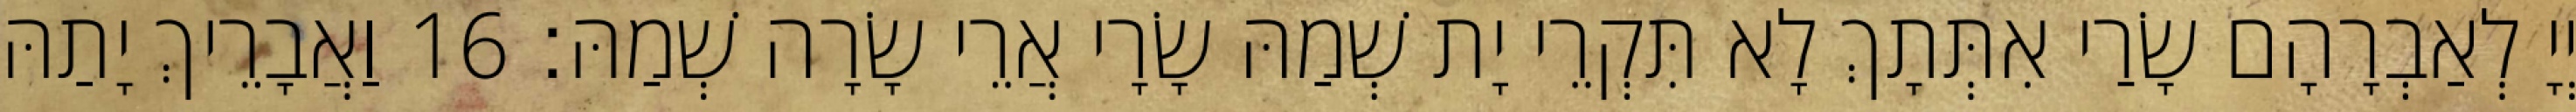
יְיָ לְאַבְרָהָם שָׂרַי אִתְּתָךְ לָא תִּקְרֵי יָת שְׁמַהּ שָׂרָי אֲרֵי שָׂרָה שְׁמַהּ׃ 16 וַאֲבָרֵיךְ יָתַהּ